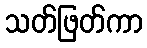
သတ်ဖြတ်ကာ